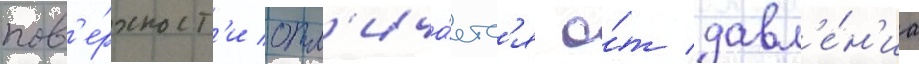
пов'е́рхност'и отл'ича́етс'я о́т давл'е́н'иа